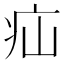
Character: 疝